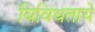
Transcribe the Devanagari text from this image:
विविधतायें